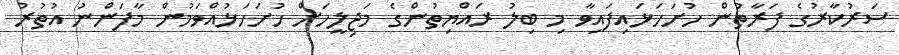
ސަރުކާރުގެ ފަރާތުން ހުށަހަޅައިފައިވާ މި ބިލު ރައްޔިތުންގެ މަޖިލީހަށް ހުށަހަޅުއްވަމުން މާފަންނު އުތުރު